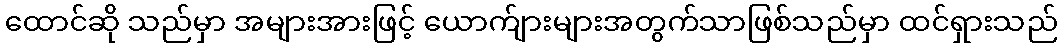
ထောင်ဆို သည်မှာ အများအားဖြင့် ယောက်ျားများအတွက်သာဖြစ်သည်မှာ ထင်ရှားသည်